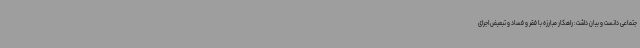
جتماعی دانست و بیان داشت: راهکار مبارزه با فقر و فساد و تبعیض اجرای